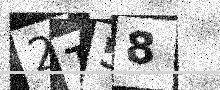
Text: 2T58